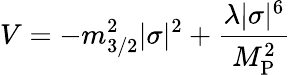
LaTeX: V=-m_{3/2}^{2}|\sigma|^{2}+\frac{\lambda|\sigma|^{6}}{M_{\mathrm{P}}^{2}}